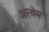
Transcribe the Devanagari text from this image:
अन्थेम